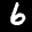
Label: 6